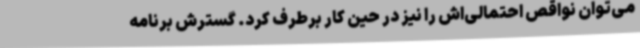
می‌توان نواقص احتمالی‌اش را نیز در حین کار برطرف کرد. گسترش برنامه